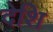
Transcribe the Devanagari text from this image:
देशि